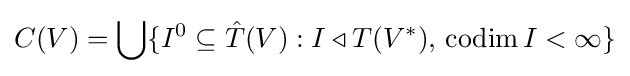
C(V)=\bigcup \{I^{0}\subseteq {\hat {T}}(V):I\triangleleft T(V^{*}),\,\mathrm {codim} \,I<\infty \}